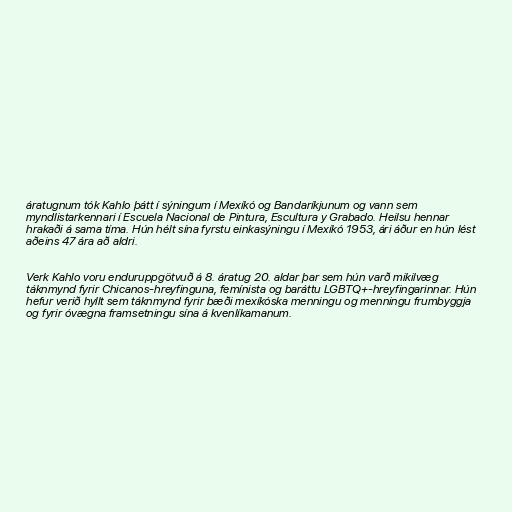
áratugnum tók Kahlo þátt í sýningum í Mexíkó og Bandaríkjunum og vann sem
myndlistarkennari í Escuela Nacional de Pintura, Escultura y Grabado. Heilsu hennar
hrakaði á sama tíma. Hún hélt sína fyrstu einkasýningu í Mexíkó 1953, ári áður en hún lést
aðeins 47 ára að aldri.

Verk Kahlo voru enduruppgötvuð á 8. áratug 20. aldar þar sem hún varð mikilvæg
táknmynd fyrir Chicanos-hreyfinguna, femínista og baráttu LGBTQ+-hreyfingarinnar. Hún
hefur verið hyllt sem táknmynd fyrir bæði mexíkóska menningu og menningu frumbyggja
og fyrir óvægna framsetningu sína á kvenlíkamanum.